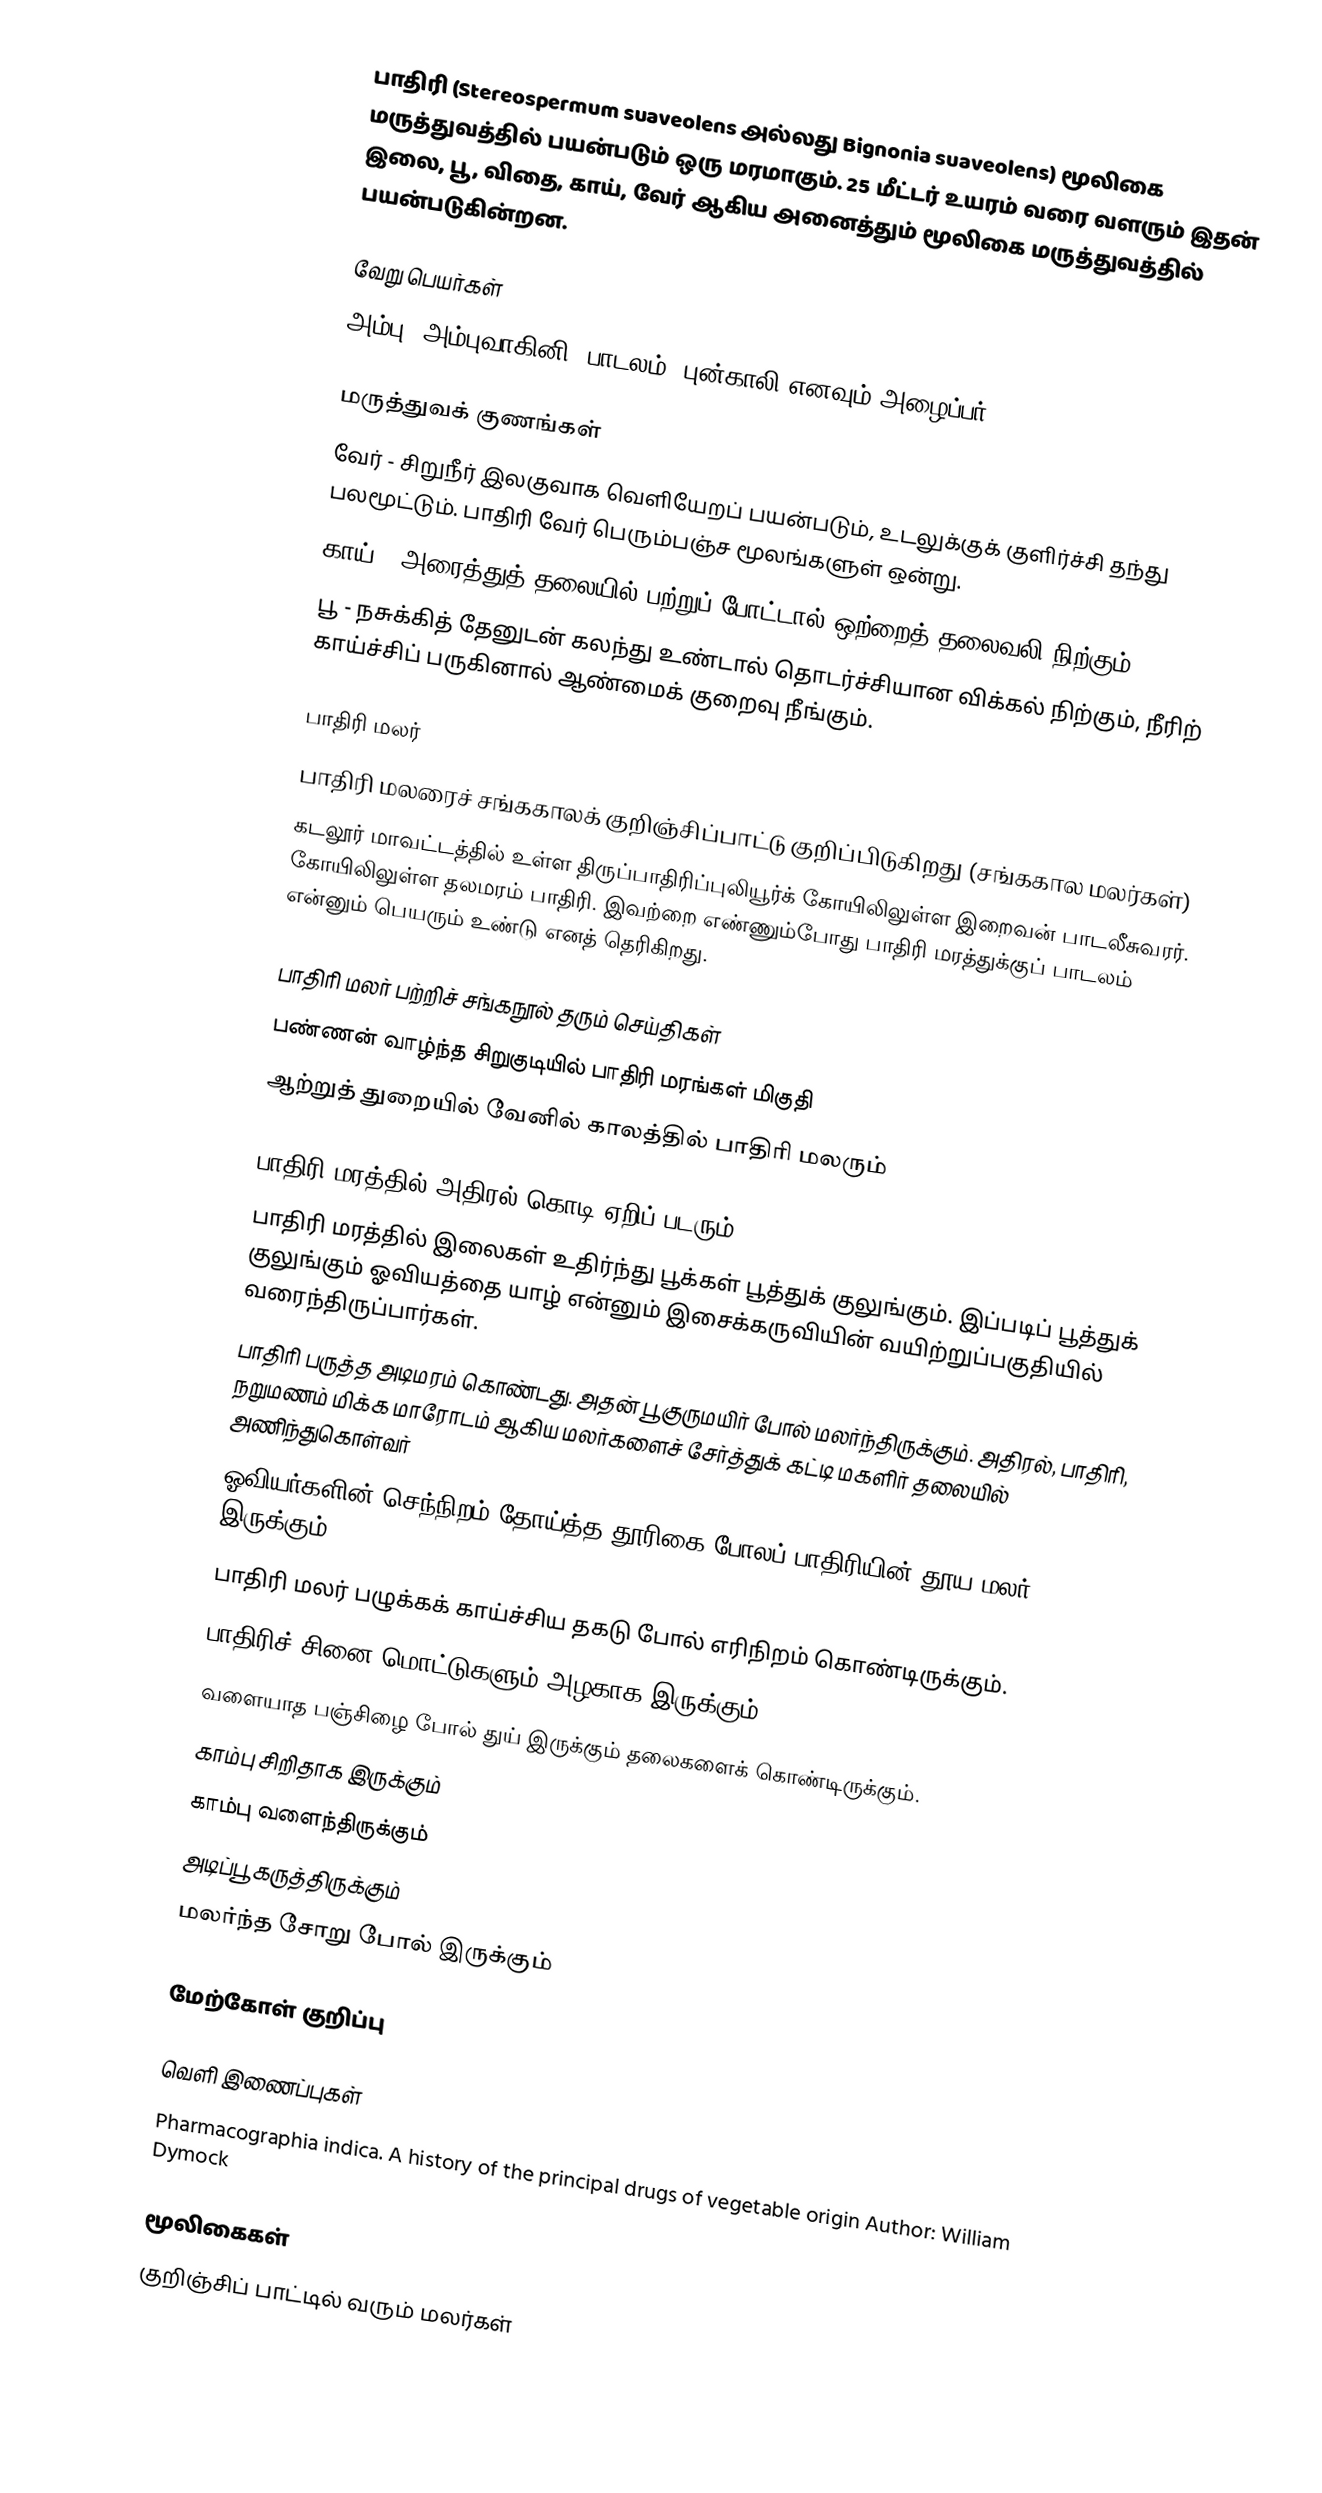
பாதிரி (Stereospermum suaveolens அல்லது Bignonia suaveolens) மூலிகை மருத்துவத்தில் பயன்படும் ஒரு மரமாகும். 25 மீட்டர் உயரம் வரை வளரும் இதன் இலை, பூ, விதை, காய், வேர் ஆகிய அனைத்தும் மூலிகை மருத்துவத்தில் பயன்படுகின்றன.

வேறு பெயர்கள்
அம்பு, அம்புவாகினி, பாடலம், புன்காலி எனவும் அழைப்பர்.

மருத்துவக் குணங்கள்
 வேர் - சிறுநீர் இலகுவாக வெளியேறப் பயன்படும், உடலுக்குக் குளிர்ச்சி தந்து பலமூட்டும். பாதிரி வேர் பெரும்பஞ்ச மூலங்களுள் ஒன்று.
 காய் - அரைத்துத் தலையில் பற்றுப் போட்டால் ஒற்றைத் தலைவலி நிற்கும்
 பூ - நசுக்கித் தேனுடன் கலந்து உண்டால் தொடர்ச்சியான விக்கல் நிற்கும், நீரிற் காய்ச்சிப் பருகினால் ஆண்மைக் குறைவு நீங்கும்.

பாதிரி மலர்
 பாதிரி மலரைச் சங்ககாலக் குறிஞ்சிப்பாட்டு குறிப்பிடுகிறது (சங்ககால மலர்கள்)
 கடலூர் மாவட்டத்தில் உள்ள திருப்பாதிரிப்புலியூர்க் கோயிலிலுள்ள இறைவன் பாடலீசுவரர். கோயிலிலுள்ள தலமரம் பாதிரி. இவற்றை எண்ணும்போது பாதிரி மரத்துக்குப் பாடலம் என்னும் பெயரும் உண்டு எனத் தெரிகிறது.

பாதிரி மலர் பற்றிச் சங்கநூல் தரும் செய்திகள்
பண்ணன் வாழ்ந்த சிறுகுடியில் பாதிரி மரங்கள் மிகுதி
ஆற்றுத் துறையில் வேனில் காலத்தில் பாதிரி மலரும்

பாதிரி மரத்தில் அதிரல் கொடி ஏறிப் படரும்
பாதிரி மரத்தில் இலைகள் உதிர்ந்து பூக்கள் பூத்துக் குலுங்கும். இப்படிப் பூத்துக் குலுங்கும் ஓவியத்தை யாழ் என்னும் இசைக்கருவியின் வயிற்றுப்பகுதியில் வரைந்திருப்பார்கள்.
பாதிரி பருத்த அடிமரம் கொண்டது. அதன் பூ குருமயிர் போல் மலர்ந்திருக்கும். அதிரல், பாதிரி, நறுமணம் மிக்க மாரோடம் ஆகிய மலர்களைச் சேர்த்துக் கட்டி மகளிர் தலையில் அணிந்துகொள்வர்
ஓவியர்களின் செந்நிறம் தோய்த்த தூரிகை போலப் பாதிரியின் தூய மலர் இருக்கும்.
பாதிரி மலர் பழுக்கக் காய்ச்சிய தகடு போல் எரிநிறம் கொண்டிருக்கும்.
பாதிரிச் சினை மொட்டுகளும் அழகாக இருக்கும்
வளையாத பஞ்சிழை போல் துய் இருக்கும் தலைகளைக் கொண்டிருக்கும்.
காம்பு சிறிதாக இருக்கும்
காம்பு வளைந்திருக்கும்
அடிப்பூ கருத்திருக்கும்
மலர்ந்த சோறு போல் இருக்கும்

மேற்கோள் குறிப்பு

வெளி இணைப்புகள்
 Pharmacographia indica. A history of the principal drugs of vegetable origin  Author: William Dymock

மூலிகைகள்
குறிஞ்சிப் பாட்டில் வரும் மலர்கள்